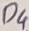
Text: D4